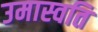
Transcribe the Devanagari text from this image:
उमास्वति